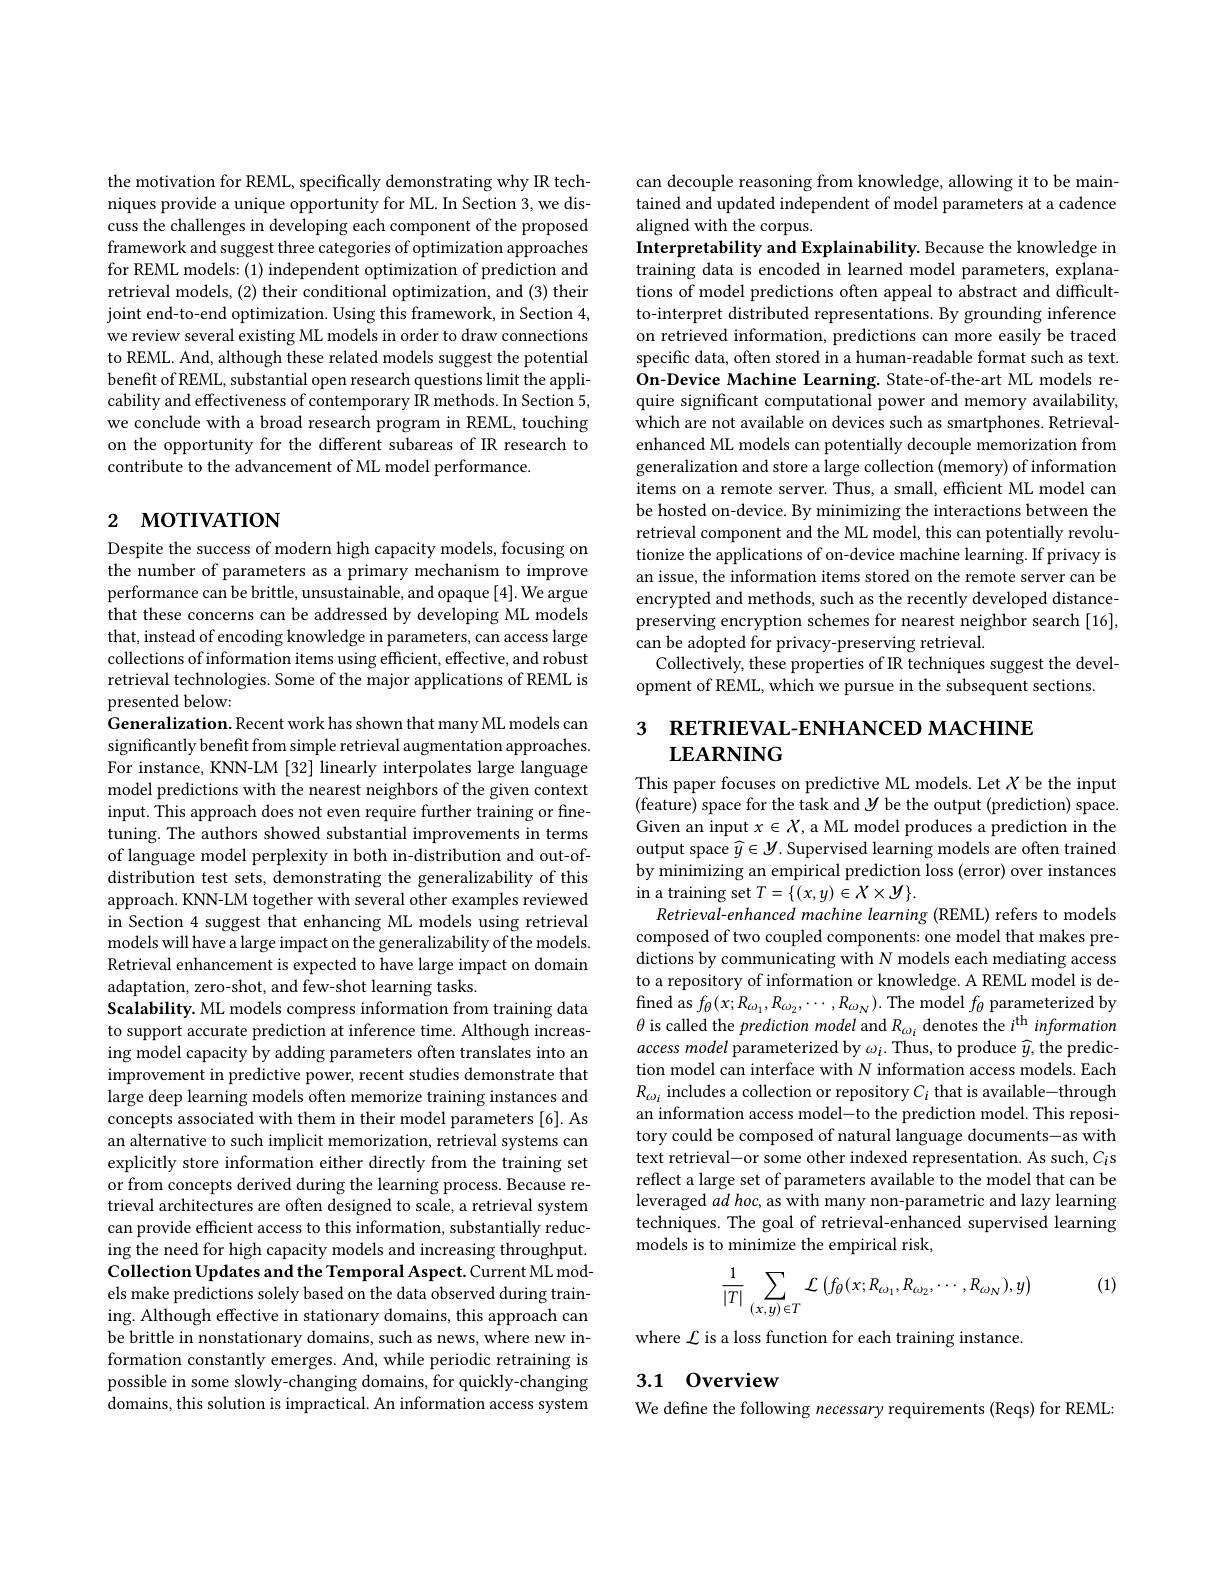
the motivation for REML, specifically demonstrating why IR techniques provide a unique opportunity for ML. In Section 3, we discuss the challenges in developing each component of the proposed framework and suggest three categories of optimization approaches for REML models: (1) independent optimization of prediction and retrieval models, (2) their conditional optimization, and (3) their joint end-to-end optimization. Using this framework, in Section 4, we review several existing ML models in order to draw connections to REML. And, although these related models suggest the potential benefit of REML, substantial open research questions limit the applicability and effectiveness of contemporary IR methods. In Section 5, we conclude with a broad research program in REML, touching on the opportunity for the different subareas of IR research to contribute to the advancement of ML model performance.

# 2 мотгүлом

Despite the success of modern high capacity models, focusing on the number of parameters as a primary mechanism to improve performance can be brittle, unsustainable, and opaque [4]. We argue that these concerns can be addressed by developing ML models that, instead of encoding knowledge in parameters, can access large collections of information items using efficient, effective, and robust retrieval technologies. Some of the major applications of REML is presented below:
Generalization. Recent work has shown that many ML models can significantly benefit from simple retrieval augmentation approaches. For instance, KNN-LM [32] linearly interpolates large language model predictions with the nearest neighbors of the given context input. This approach does not even require further training or finetuning. The authors showed substantial improvements in terms of language model perplexity in both in-distribution and out-ofdistribution test sets, demonstrating the generalizability of this approach. KNN-LM together with several other examples reviewed in Section 4 suggest that enhancing ML models using retrieval models will have a large impact on the generalizability of the models. Retrieval enhancement is expected to have large impact on domain adaptation, zero-shot, and few-shot learning tasks.
Scalability. ML models compress information from training data to support accurate prediction at inference time. Although increasing model capacity by adding parameters often translates into an improvement in predictive power, recent studies demonstrate that large deep learning models often memorize training instances and concepts associated with them in their model parameters [6]. As an alternative to such implicit memorization, retrieval systems can explicitly store information either directly from the training set or from concepts derived during the learning process. Because retrieval architectures are often designed to scale, a retrieval system can provide efficient access to this information, substantially reducing the need for high capacity models and increasing throughput. Collection Updates and the Temporal Aspect. Current ML models make predictions solely based on the data observed during training. Although effective in stationary domains, this approach can be brittle in nonstationary domains, such as news, where new information constantly emerges. And, while periodic retraining is possible in some slowly-changing domains, for quickly-changing domains, this solution is impractical. An information access system

can decouple reasoning from knowledge, allowing it to be maintained and updated independent of model parameters at a cadence aligned with the corpus.
Interpretability and Explainability. Because the knowledge in training data is encoded in learned model parameters, explanations of model predictions often appeal to abstract and difficultto-interpret distributed representations. By grounding inference on retrieved information, predictions can more easily be traced specific data, often stored in a human-readable format such as text. On-Device Machine Learning. State-of-the-art ML models require significant computational power and memory availability, which are not available on devices such as smartphones. Retrievalenhanced ML models can potentially decouple memorization from generalization and store a large collection (memory) of information items on a remote server. Thus, a small, efficient ML model can be hosted on-device. By minimizing the interactions between the retrieval component and the ML model, this can potentially revolu- $\dot{\text{tionize the applications of on-device machine learning.If privacy is}}$ an issue, the information items stored on the remote server can be encrypted and methods, such as the recently developed distancepreserving encryption schemes for nearest neighbor search [16], can be adopted for privacy-preserving retrieval.
Collectively, these properties of IR techniques suggest the devel-
opment of REML, which we pursue in the subsequent sections.

# 3 RETRIEVAL-ENHANCED MACHINE $\mathbf{LEARNING}$

This paper focuses on predictive ML models. Let $X$ be the input $( \hat{\text{feature) space for the task and}} \mathcal{V}$ be the output (prediction) space. Given an input $x\in X$, a ML model produces a prediction in the output space $\widehat{y}\in\mathcal{Y}$. Supervised learning models are often trained by minimizing an empirical prediction loss (error) over instances in a training set $T=\{(x,y)\in X\times Y\}.$
Retrieval-enhanced machine learning (REML) refers to models composed of two coupled components: one model that makes predictions by communicating with N models each mediating access to a repository of information or knowledge. A REML model is defined as $f_\theta(x;R_{\omega_1},R_{\omega_2},\cdots,R_{\omega_N}).$ The model $f_\theta$ parameterized by $\theta$ is called the prediction model and R $_\omega_i$ denotes the $i^\mathrm{th}\textit{information}$ $access~model$ parameterized by $\omega_i.$ Thus, to produce $\widehat{y}$,the prediction model can interface with N information access models. Each $R_{\omega_i}$ includes a collection or repository $C_i$ that is available-through an information access model-to the prediction model. This repository could be composed of natural language documents-as with text retrieval-or some other indexed representation. As such, $C_i$s reflect a large set of parameters available to the model that can be leveraged $ad$ hoc, as with many non-parametric and lazy learning techniques. The goal of retrieval-enhanced supervised learning models is to minimize the empirical risk,

(1)
$$\frac{1}{|T|}\sum_{(x,y)\in T}\mathcal{L}\left(f_{\theta}(x;R_{\omega_{1}},R_{\omega_{2}},\cdots,R_{\omega_{N}}),y\right)$$
where $\mathcal{L}$ is a loss function for each training instance.

## 3.1 0verview

We define the following necessary requirements (Reqs) for REML: